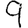
Digit: 9